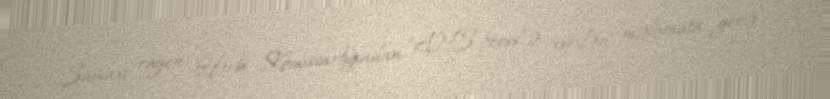
Şamaxı rayon Hərbi Komissarlığından “ANS-press”ə verilən məlumata görə,